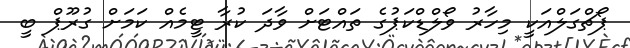
ޕޯޗްގަލްއަކީ މިހާރު ވޯލްޑްކަޕުގެ ތައްޓަށް ވާދަ ކުރާ ޓީމެއް ކަމަށް ގުރޫޕް ބީ